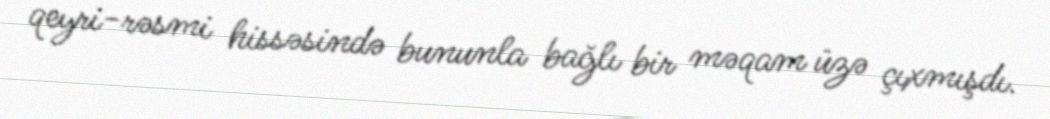
qeyri-rəsmi hissəsində bununla bağlı bir məqam üzə çıxmışdı.